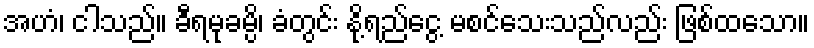
အဟံ၊ ငါသည်။ ခီရမုခမ္ပိ၊ ခံတွင်း နို့ရည်ငွေ့ မစင်သေးသည်လည်း ဖြစ်ထသော။